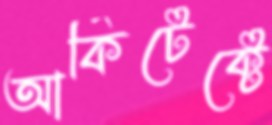
আর্কিটেক্টে